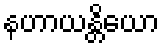
နဟာယန္တိယော